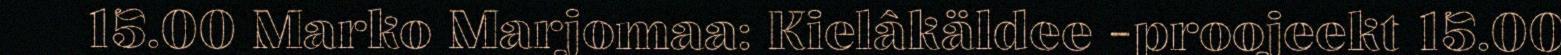
15.00 Marko Marjomaa: Kielâkäldee -proojeekt 15.00